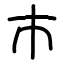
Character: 巿